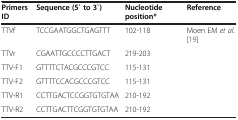
<table><thead><tr><td><b>Primers ID</b></td><td><b>Sequence (5` to 3`)</b></td><td><b>Nucleotide position*</b></td><td><b>Reference</b></td></tr></thead><tbody><tr><td>TTVf</td><td>TCCGAATGGCTGAGTTT</td><td>102-118</td><td>Moen EM <i>et al.</i>[19]</td></tr><tr><td>TTVr</td><td>CGAATTGCCCCTTGACT</td><td>219-203</td><td> </td></tr><tr><td>TTV-F1</td><td>GTTTTCTACGCCCGTCC</td><td>115-131</td><td> </td></tr><tr><td>TTV-F2</td><td>GTTTTCCACGCCCGTCC</td><td>115-131</td><td> </td></tr><tr><td>TTV-R1</td><td>CCTTGACTCCGGTGTGTAA</td><td>210-192</td><td> </td></tr><tr><td>TTV-R2</td><td>CCTTGACTTCGGTGTGTAA</td><td>210-192</td><td> </td></tr></tbody></table>